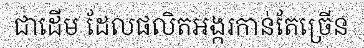
ជាដើម ដែលផលិតអង្ករកាន់តែច្រើន